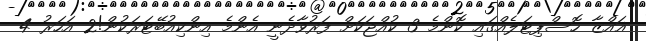
ޣައްޒާ ހޮސްޕިޓަލެއްގައި ކޮންމެ 3 ކުއްޖަކަށް ފަރުވާދެނީ އެންމެ އިންކިއުބޭޓަރަކުން!2 އަހަރު 4